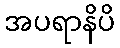
အပရာနိပိ